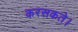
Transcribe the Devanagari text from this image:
करसकते।